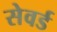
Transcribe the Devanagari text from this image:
सेवर्ड